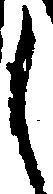
し